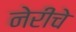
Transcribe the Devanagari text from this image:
नेरीचे